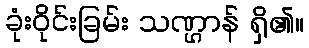
ခုံးဝိုင်းခြမ်း သဏ္ဌာန် ရှိ၏။